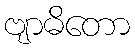
ဗျာဓိတော